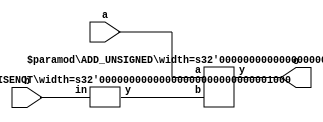
module AddNot(
    input [7:0] a,
    input [7:0] b,
    output [8:0] o
);
    wire [7:0] _node_0;
    BITWISENOT #(.width(8)) bitwisenot_1 (
        .y(_node_0),
        .in(b)
    );
    ADD_UNSIGNED #(.width(8)) u_add_2 (
        .y(o),
        .a(a),
        .b(_node_0)
    );
endmodule //AddNot
module BITWISENOT(y, in);
    parameter width = 4;
    output [width-1:0] y;
    input [width-1:0] in;
    assign y = ~in;
endmodule // BITWISENOT
module ADD_UNSIGNED(y, a, b);
    parameter width = 4;
    output [width:0] y;
    input [width-1:0] a;
    input [width-1:0] b;
    assign y = a + b;
endmodule // ADD_UNSIGNED